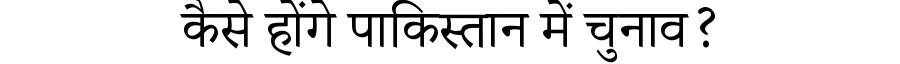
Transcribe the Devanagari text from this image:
कैसे होंगे पाकिस्तान में चुनाव?